Leaving Certificate Examination (including Day School Certificate (Higher) General paper), 1928
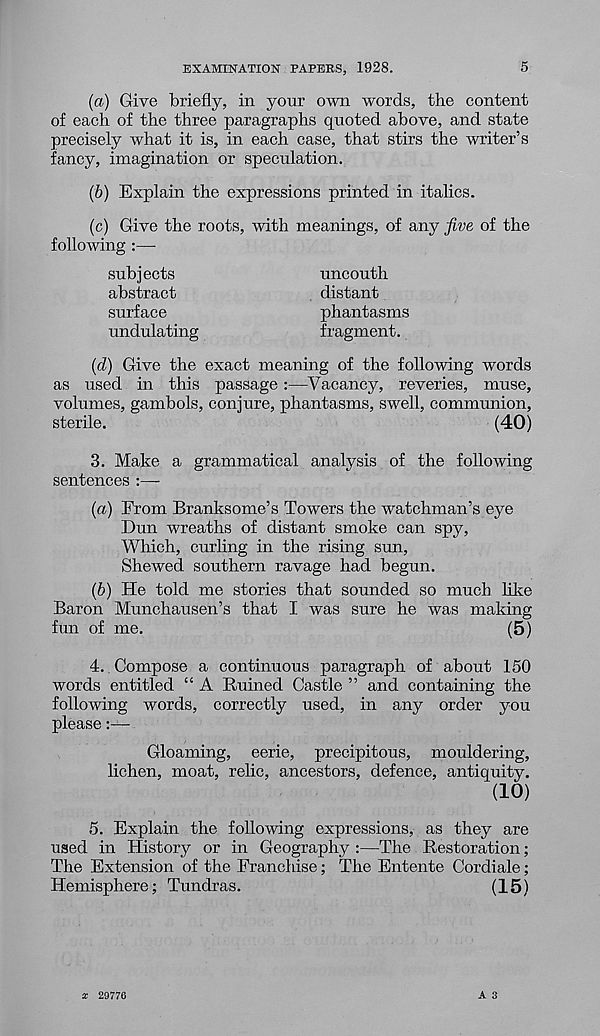
EXAMINATION PAPERS, 1928.
5
(a) Give briefly, in your own words, the content
of each of the three paragraphs quoted above, and state
precisely what it is, in each case, that stirs the writer’s
fancy, imagination or speculation.
(b) Explain the expressions printed in italics.
(c)
Give the roots, with meanings,
following :—■
subjects
abstract
surface
undulating
uncouth
distant
phantasms
fragment.
{(I) Give the exact meaning of the following words
as used in this passage:—Vacancy, reveries, muse,
volumes, gambols, conjure, phantasms, swell, communion,
sterile.
(40)
3. Make a grammatical analysis of the following
sentences :—
(a) From Branksome’s Towers the watchman’s eye
Dun wreaths of distant smoke can spy,
Which, curling in the rising sun,
Shewed southern ravage had begun.
(b) He told me stories that sounded so much like
Baron Munchausen’s that I was sure he was making
fun of me.
(5)
4. Compose a continuous paragraph of about 150
words entitled “ A Ruined Castle ” and containing the
following words, correctly used, in any order you
please:—
Gloaming, eerie, precipitous, mouldering,
lichen, moat, relic, ancestors, defence, antiquity.
(10)
5. Explain the following expressions, as they are
used in History or in Geography :—The Restoration;
The Extension of the Franchise; The Entente Cordiale;
Hemisphere; Tundras.
(15)
A 3
X 29776